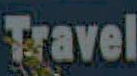
Travel